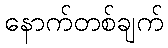
နောက်တစ်ချက်